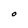
Character: O